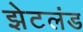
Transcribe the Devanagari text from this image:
झेटलंड